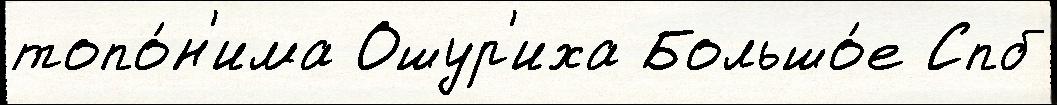
топо́н'има Ошур'иха Большо́е Спб